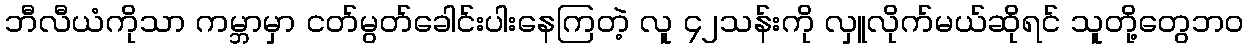
ဘီလီယံကိုသာ ကမ္ဘာမှာ ငတ်မွတ်ခေါင်းပါးနေကြတဲ့ လူ ၄၂သန်းကို လှူလိုက်မယ်ဆိုရင် သူတို့တွေဘဝ